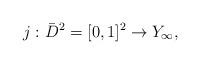
LaTeX: \begin{align*} j:\bar D^2 = [0,1]^2 \to Y_\infty, \end{align*}